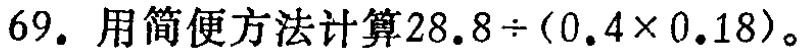
69. 用简便方法计算$28.8\div(0.4\times0.18)$。